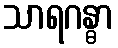
သာရဂန္ဓာ